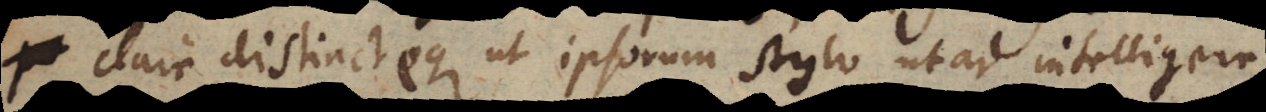
clare distincteque ut ipsorum stylo utar intelligere